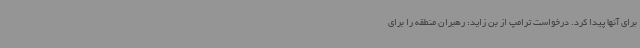
برای آنها پیدا کرد. درخواست ترامپ از بن زاید: رهبران منطقه را برای